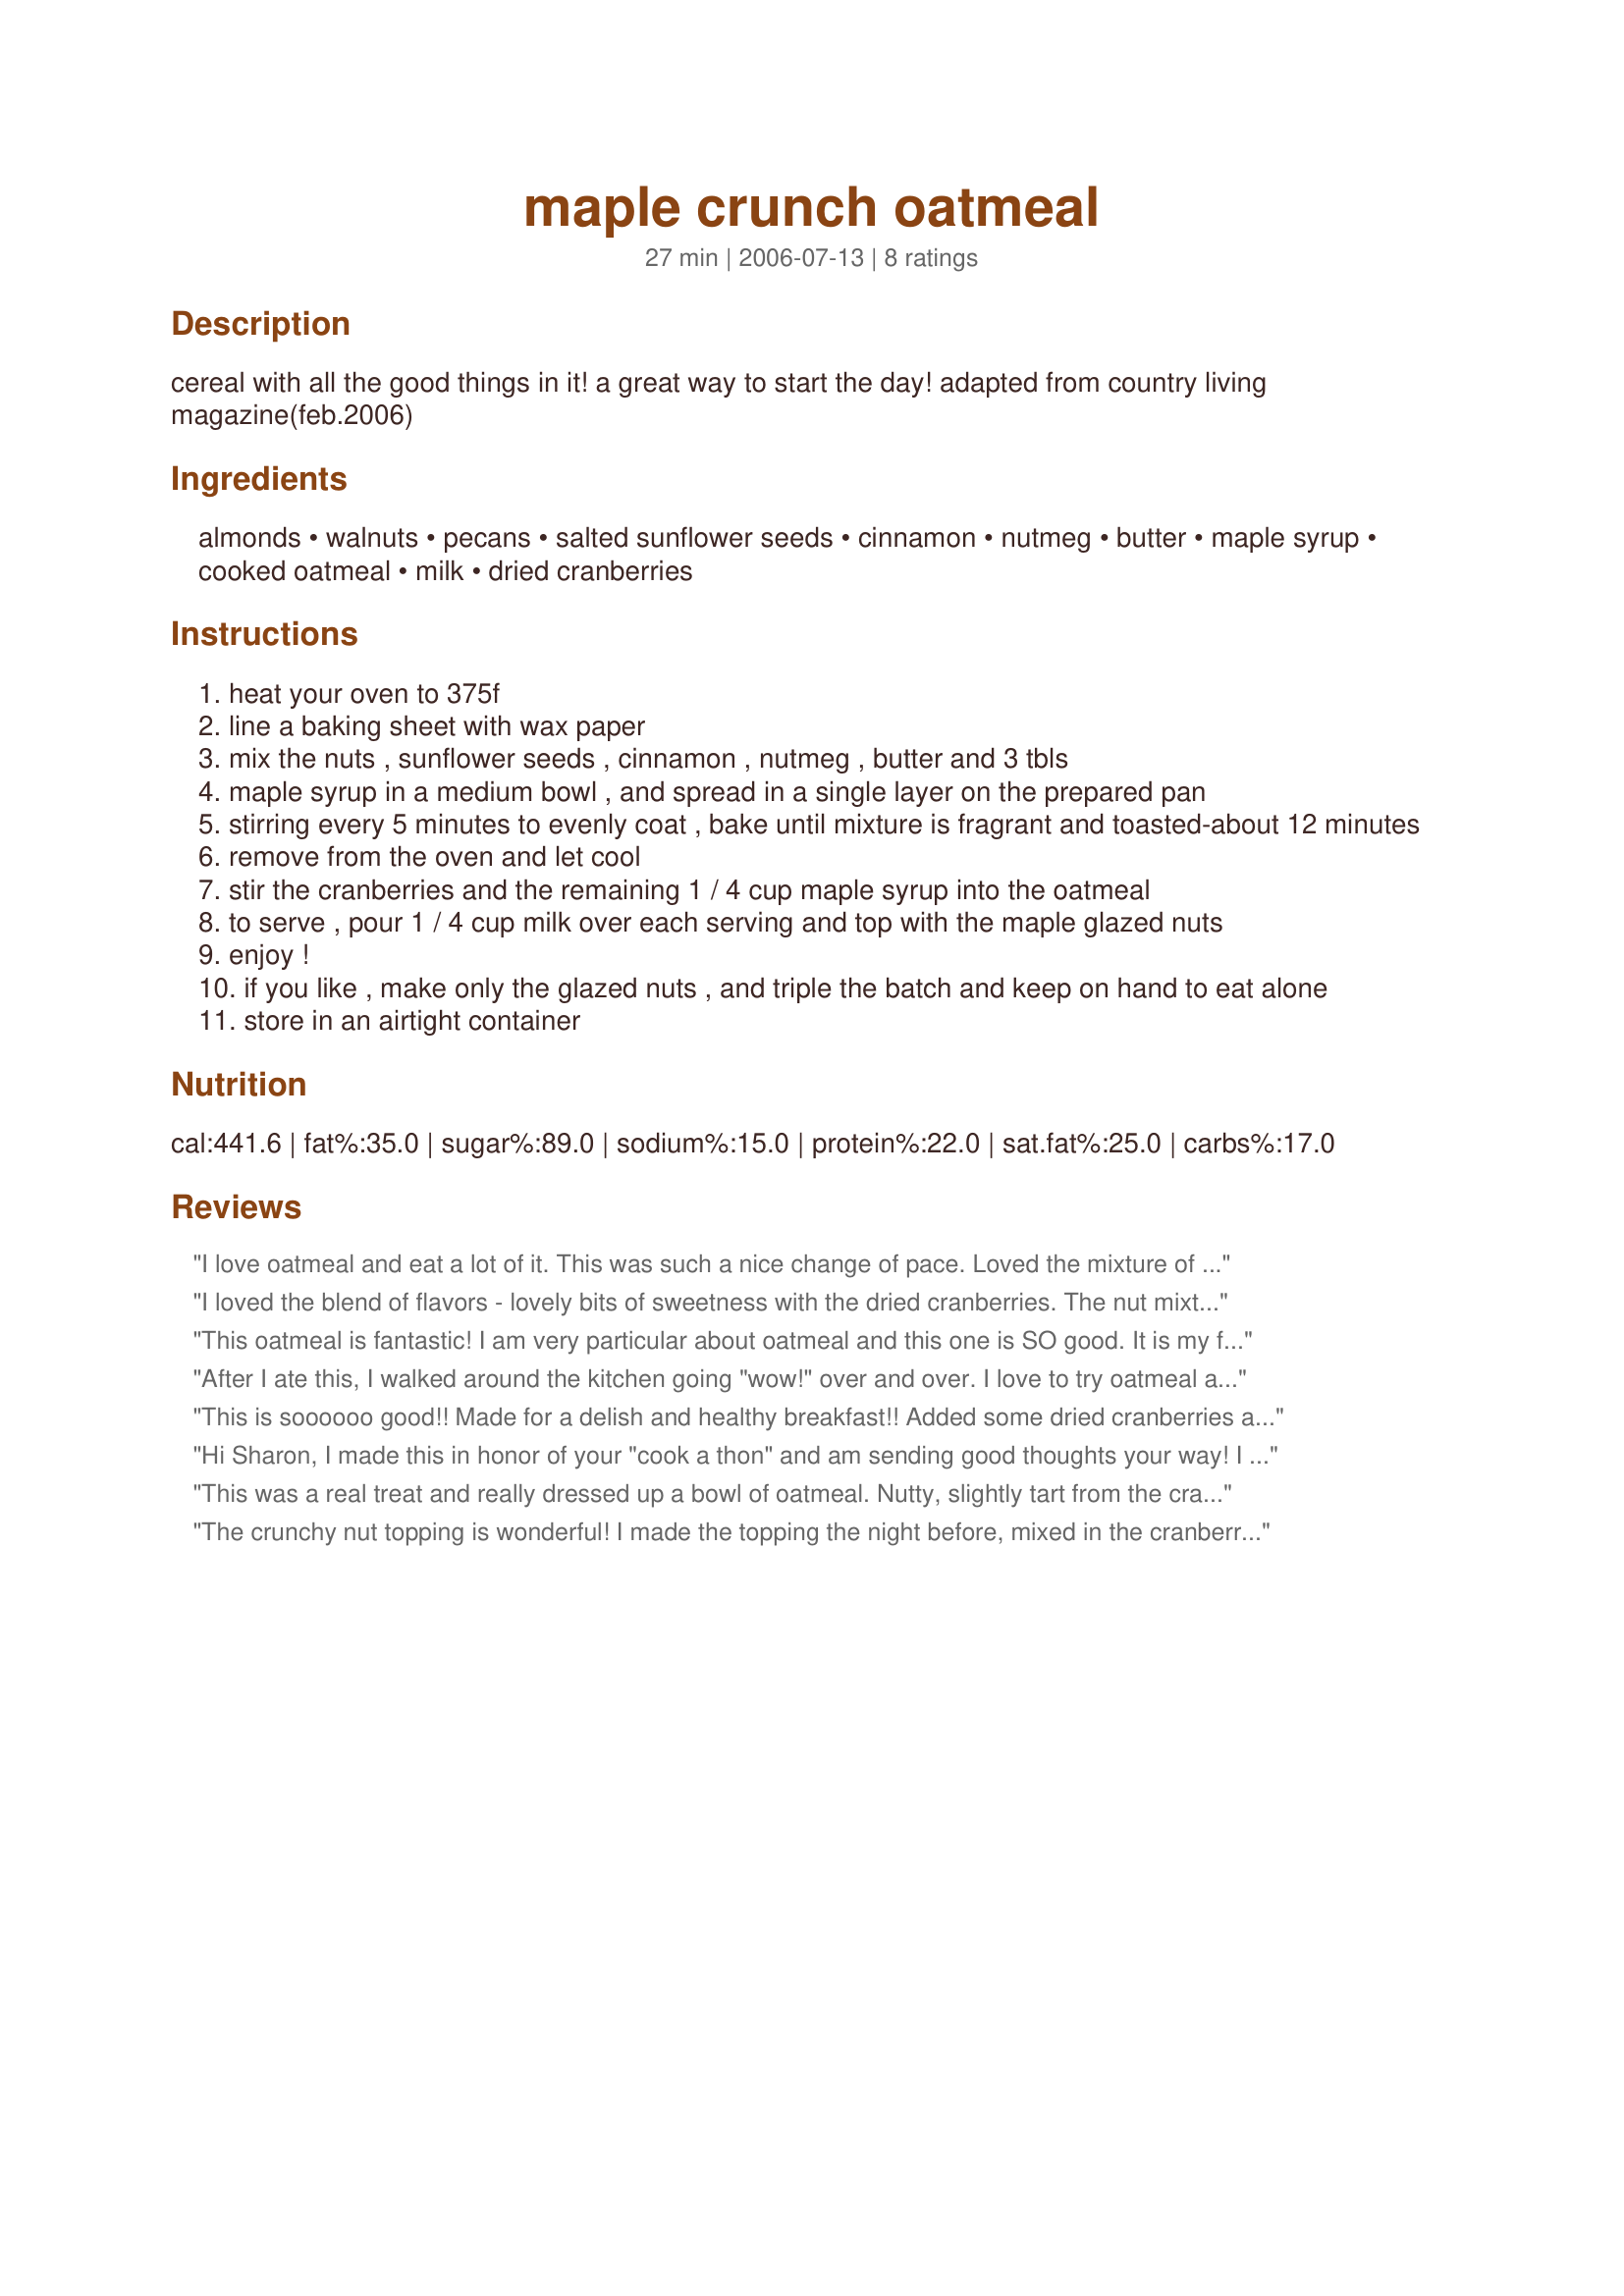
maple crunch oatmeal
Preparation time: 27 minutes

cereal with all the good things in it! a great way to start the day! adapted from country living magazine(feb.2006)

Ingredients:
almonds, walnuts, pecans, salted sunflower seeds, cinnamon, nutmeg, butter, maple syrup, cooked oatmeal, milk, dried cranberries

Steps:
heat your oven to 375f
line a baking sheet with wax paper
mix the nuts , sunflower seeds , cinnamon , nutmeg , butter and 3 tbls
maple syrup in a medium bowl , and spread in a single layer on the prepared pan
stirring every 5 minutes to evenly coat , bake until mixture is fragrant and toasted-about 12 minutes
remove from the oven and let cool
stir the cranberries and the remaining 1 / 4 cup maple syrup into the oatmeal
to serve , pour 1 / 4 cup milk over each serving and top with the maple glazed nuts
enjoy !
if you like , make only the glazed nuts , and triple the batch and keep on hand to eat alone
store in an airtight container

Reviews:
I love oatmeal and eat a lot of it. This was such a nice change of pace. Loved the mixture of textures and flavors.
I loved the blend of flavors - lovely bits of sweetness with the dried cranberries. The nut mixture was an excellent touch and helped to make this oatmeal so filling. The only change I may make in the future is to cut down on the amount of oatmeal - I was already filled up only halfway through my bowl! Thanks for sharing!
This oatmeal is fantastic! I am very particular about oatmeal and this one is SO good. It is my favorite now. It has such a great combination of ingredients. Thanks for sharing.
After I ate this, I walked around the kitchen going "wow!" over and over. I love to try oatmeal all different ways, and this is one of the best oatmeals I've ever made! You break the crunchy topping apart almost like a brittle, and it is the real star here. I also liked the tart counterbalance of the cranberries. For our tastes, I halved the milk and maple syrup that topped the oatmeal. This one's a definite winner!
This is soooooo good!! Made for a delish and healthy breakfast!! Added some dried cranberries and used low-fat milk. Loved the crunchyness of the almonds and walnuts (didn't have any pecans, so didn't add). Thanks Sharon! :)
Hi Sharon, I made this in honor of your "cook a thon" and am sending good thoughts your way!

I eat a lot oatmeal but this was so good that I had to quickly make a second bowl! The granola had a perfect crunch to it and was so easy. I microwaved my butter, nuts, syrup first. I will making another batch this morning, too. Thanks for posting.
Roxygirl
This was a real treat and really dressed up a bowl of oatmeal. Nutty, slightly tart from the cranberries, and just sweet enough. Like PaulaG stated, this would be great sprinkled over yoghurt and frozen yoghurt.
The crunchy nut topping is wonderful! I made the topping the night before, mixed in the cranberries and this morning made the oatmeal. The topping is nice and cruncy with a light sweetness. I can see this on top of yogurt and other hot cereals.
